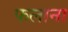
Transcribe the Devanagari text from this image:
फलाना